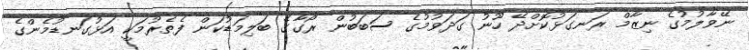
ނޭވާލުމުގެ ނިޒާމް ރަނގަޅުކޮށްދޭ ހޫނު ގަދަވުމުގެ ސަބަބުން ރޯގާގެ ބަލިމަޑުކަން ފެތެރުމަކީ އަޅުގަނޑުމެންގެ